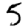
Digit: 5